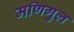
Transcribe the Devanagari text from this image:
मणिगुल